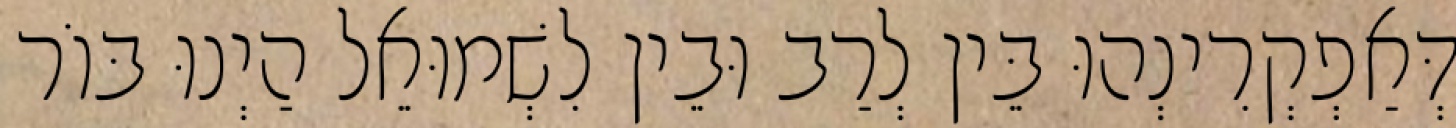
דְּאַפְקְרִינְהוּ בֵּין לְרַב וּבֵין לִשְׁמוּאֵל הַיְנוּ בּוֹר